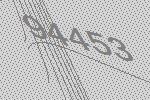
94453